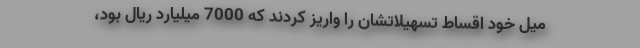
میل خود اقساط تسهیلاتشان را واریز کردند که 7000 میلیارد ریال بود،